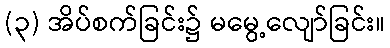
(၃) အိပ်စက်ခြင်း၌ မမွေ့လျော်ခြင်း။